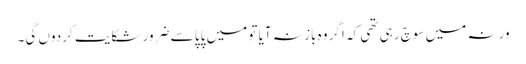
ورنہ میں سوچ رہی تھی کہ اگر وہ باز نہ آیا تو میں پاپا سے ضرور شکایت کردوں گی۔